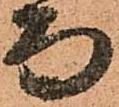
而